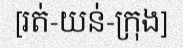
[រត់-យន់-ក្រុង]